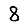
Digit: 8